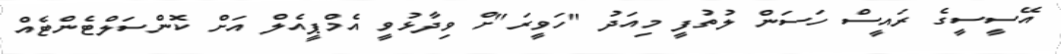
އޭސީސީގެ ރައީސް ހަސަން ލުތުފީ މިއަދު "ހަވީރަ"ށް ވިދާޅުވީ އެމްޕީއެލް އަށް ކޮންސަލްޓެންޓެއް